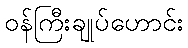
ဝန်ကြီးချုပ်ဟောင်း